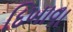
દિખાવા